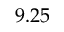
9 . 2 5